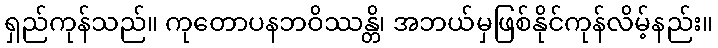
ရှည်ကုန်သည်။ ကုတောပနဘဝိဿန္တိ၊ အဘယ်မှဖြစ်နိုင်ကုန်လိမ့်နည်း။